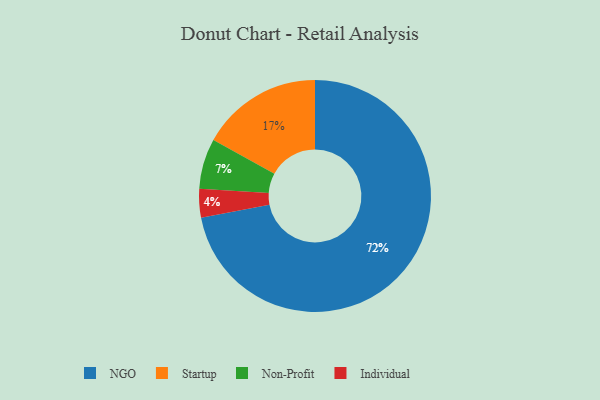
{"axis": {"x": "Category", "y": "Percentage"}, "legend": ["Individual", "NGO", "Non-Profit", "Startup"], "data": [{"x": "Startup", "y": 17, "type": "Startup"}, {"x": "Individual", "y": 4, "type": "Individual"}, {"x": "NGO", "y": 72, "type": "NGO"}, {"x": "Non-Profit", "y": 7, "type": "Non-Profit"}]}